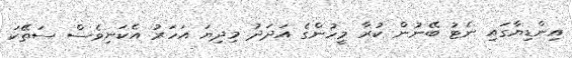
އިންޑިޔާގައި ނެޓު ބޭނުން ކުރާ މީހުންގެ އަދަދު މިދިޔަ އަހަރު އެކަނިވެސް ސަތޭކަ